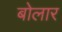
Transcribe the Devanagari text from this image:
बोलार